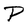
Character: P